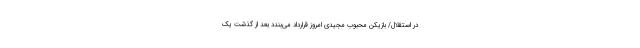
در استقلال/ بازیکن محبوب مجیدی امروز قرارداد می‌بندد بعد از گذشت یک